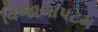
વિજાગાપટમ